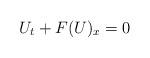
LaTeX: \begin{align*}U_t+F(U)_x=0\end{align*}